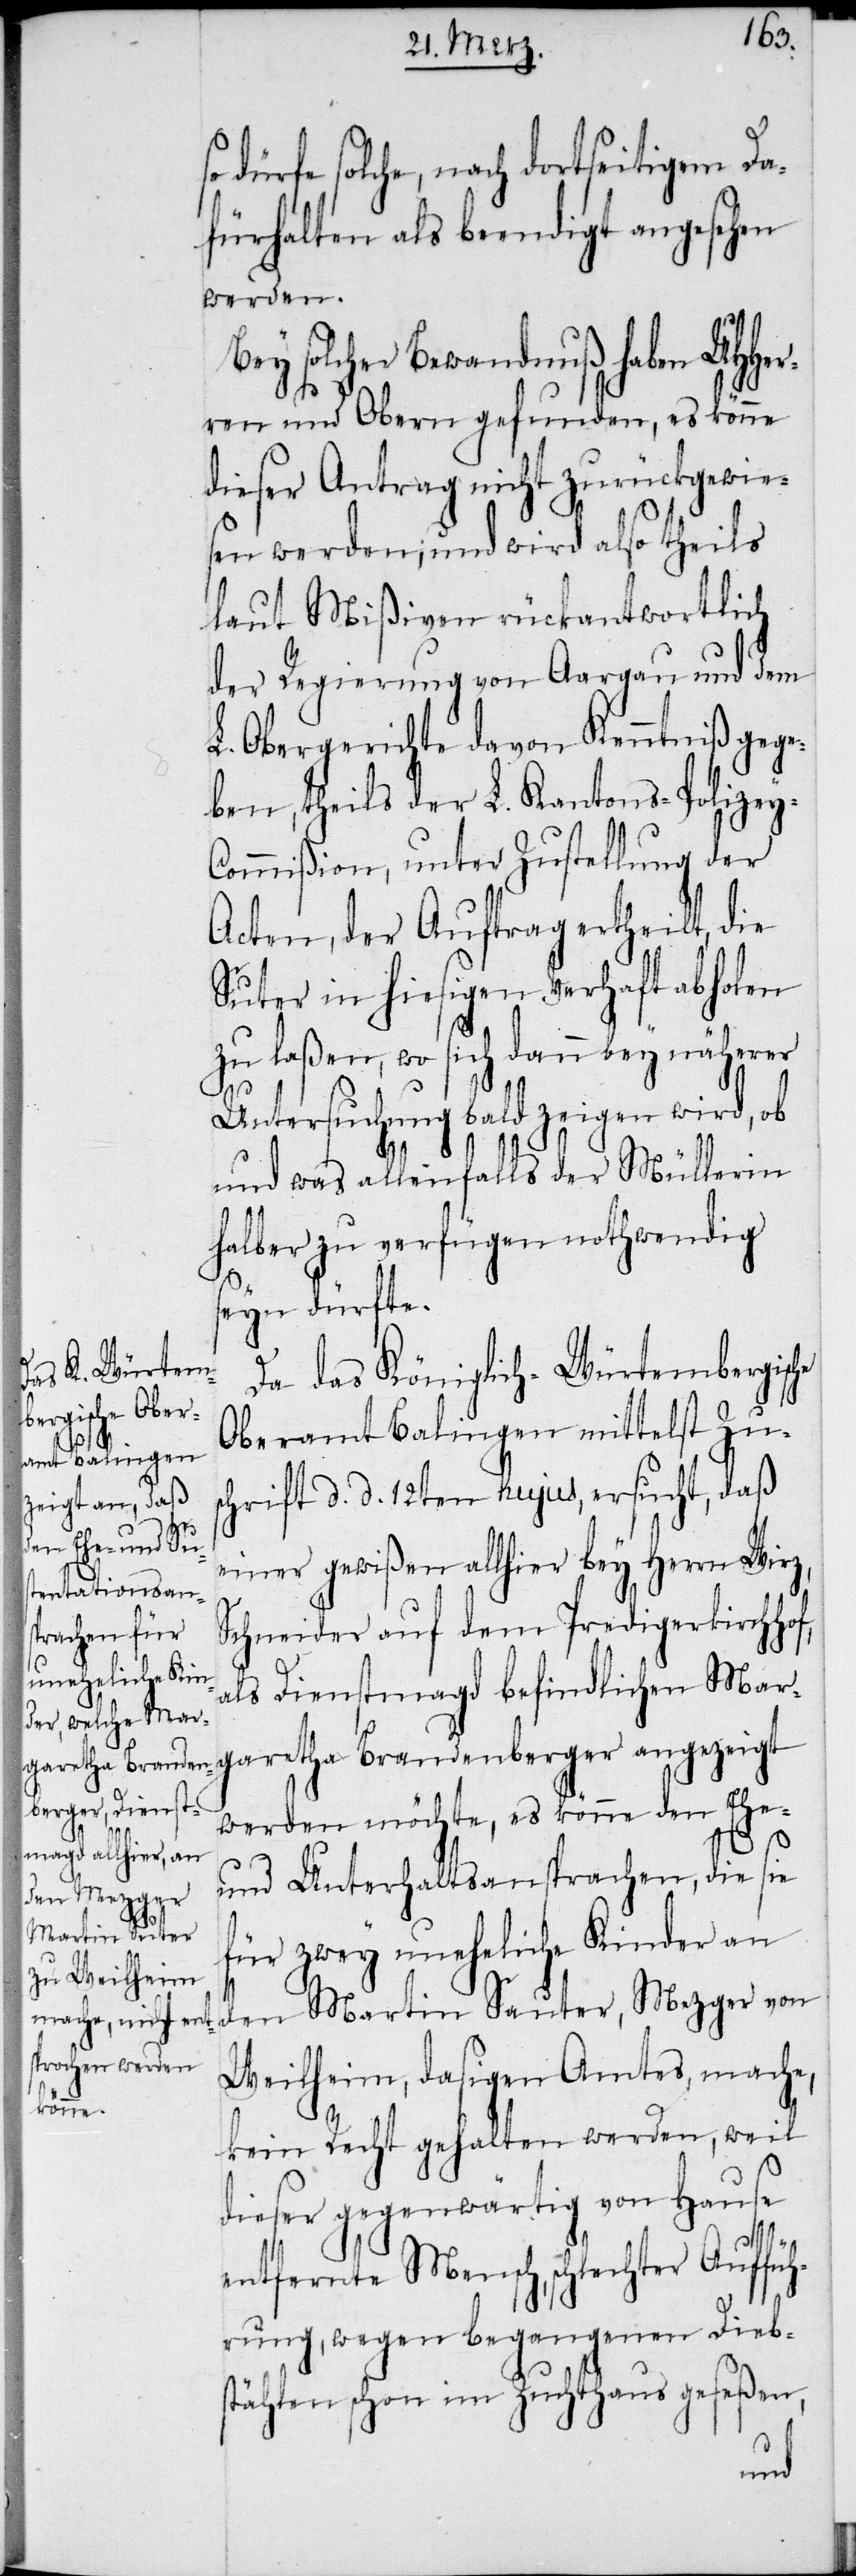
dürfe solche, nach dortseitigem Da¬
fürhalten als beendigt angesehen
werden.
garetha Brandenberger angez¬
rren und Obern gefunden, es könne
dieser Antrag nicht zurückgewie¬
sen werden; und wird also theils
laut Mißiven rückantwortlich
der Regierung von Aargau und dem
L. Obergerichte davon Kenntniß gege¬
ben, theils der L. Kantons-Polizey-C¬
ommißion, unter Zustellung der
Acten, der Auftrag ertheilt, die
Suter in hiesigen Verhaft abholen
zu laßen, wo sich dann bey näherer
Untersuchung bald zeigen wird, ob
und was allenfalls der Müllerin
halber zu verfügen nothwendig
seyn dürfte.
Da das Königlich-Würtembergisc¬
Oberamt Balingen mittelst Zus¬
he
chrift d. d. 12ten hujus, ersucht, daß
einer gewißen allhier bey Herrn Wirz,
Schneider auf dem Predigerkirchhof,
als Dienstmagd befindlichen Mar¬
werden möchte, es könne den Ehe-
und Unterhaltsansprachen, die sie
für zwey uneheliche Kinder an
den Martin Sauter, Mezger von
Weilheim, dasigen Amtes, mache,
kein Recht gehalten werden, weil
dieser gegenwärtig von Hause
entfernte Mensch, schlechter Auffüh¬
rung, wegen begangenen Diebs¬
tählen schon im Zuchthaus geseßen,
eigt